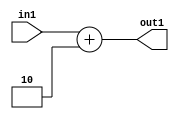
`timescale 1ps / 1ps
/*****************************************************************************
    Verilog RTL Description
    
    
    Created by: Stratus DpOpt 21.05.01 
*******************************************************************************/

module SobelFilter_Add_6S_19_4 (
	in1,
	out1
	); /* architecture "behavioural" */ 
input [5:0] in1;
output [5:0] out1;
wire [5:0] asc001;

assign asc001 = 
	+(in1)
	+(6'B000010);

assign out1 = asc001;
endmodule

/* CADENCE  urj4Sw4= : u9/ySxbfrwZIxEzHVQQV8Q== ** DO NOT EDIT THIS LINE ******/